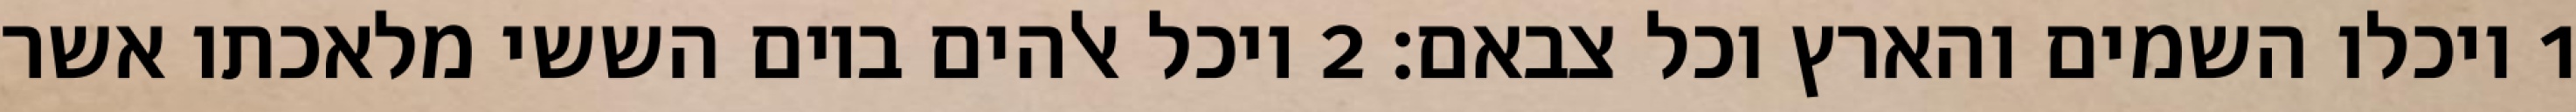
1 ויכלו השמים והארץ וכל צבאם׃ ‎2‏ ויכל אלהים ביום הששי מלאכתו אשר